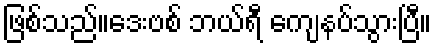
ဖြစ်သည်။ဒေးဗစ် ဘယ်ရီ ကျေနပ်သွားပြီ။